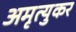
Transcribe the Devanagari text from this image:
अमृत्युकर